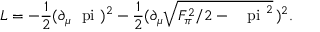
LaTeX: { \cal L } = - \frac { 1 } { 2 } ( \partial _ { \mu } \mathrm { \boldmath { ~ \ p i ~ } } ) ^ { 2 } - \frac { 1 } { 2 } ( { \partial } _ { \mu } \sqrt { F _ { \pi } ^ { 2 } / 2 - \mathrm { \boldmath ~ { ~ \ p i ~ } } ^ { 2 } } \, ) ^ { 2 } .